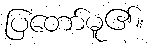
ပြတော်မူ၏။